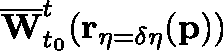
\overline { { \mathbf { W } } } _ { t _ { 0 } } ^ { t } ( \mathbf { r _ { \eta = \delta \eta } } ( \mathbf { p } ) )